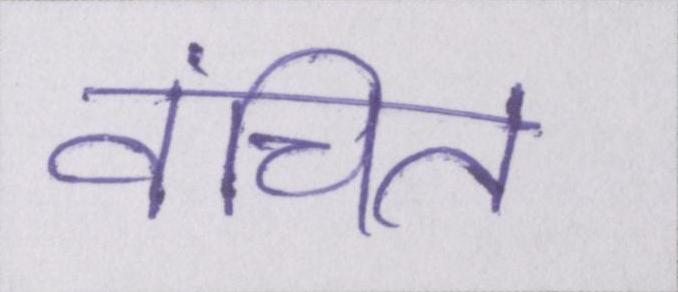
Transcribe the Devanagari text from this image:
वंचित